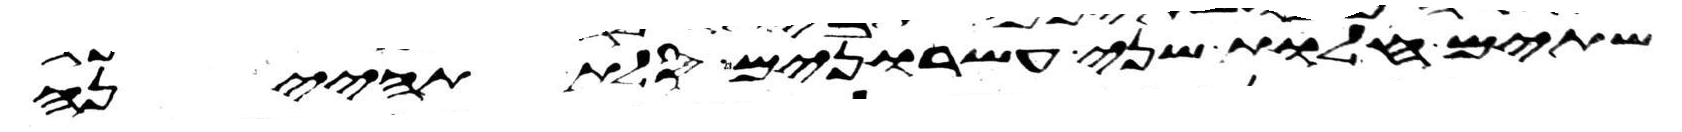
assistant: שתים חלות שני עשרנים סלת תהינה